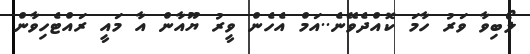
ލޯބިވާ ވަރު ހާމަ ކޮއްދެވޭނެ..އަމް އެހެން ވީރު ޔޫއާން އާ މައީ ރައްޓެހިވާން